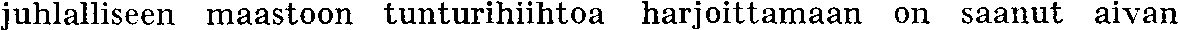
juhlalliseen maastoon tunturihiihtoa harjoittamaan on saanut aivan